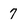
Character: 7